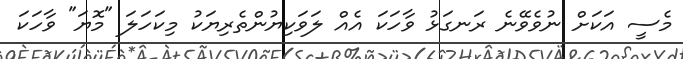
މެސީ އަކަށް ނުވެވޭނެ ރަނގަޅު ވާހަކަ އެއް ލަވަކިޔުންތެރިޔަކު މިކަހަލަ "މޮޔަ" ވާހަކަ